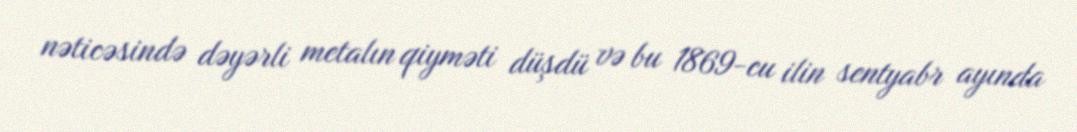
nəticəsində dəyərli metalın qiyməti düşdü və bu 1869-cu ilin sentyabr ayında